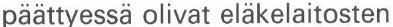
päättyessä olivat eläkelaitosten